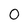
Character: 0